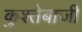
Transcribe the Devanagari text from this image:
कुश्तेबाजी